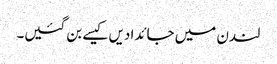
لندن میں جائدادیں کیسے بن گئیں۔